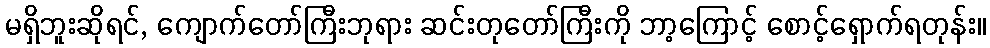
မရှိဘူးဆိုရင်, ကျောက်တော်ကြီးဘုရား ဆင်းတုတော်ကြီးကို ဘာ့ကြောင့် စောင့်ရှောက်ရတုန်း။